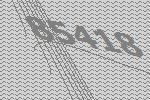
85418